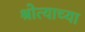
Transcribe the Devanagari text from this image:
श्रोत्याच्या